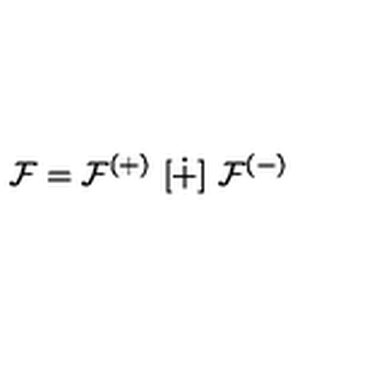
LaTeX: { \cal F } = { \cal F } ^ { ( + ) } \ [ \dot { + } ] \ { \cal F } ^ { ( - ) }